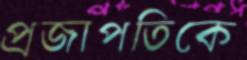
প্রজাপতিকে